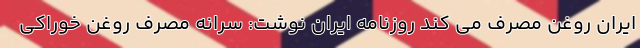
ایران روغن مصرف می کند روزنامه ایران نوشت: سرانه مصرف روغن خوراکی